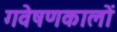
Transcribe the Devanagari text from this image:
गवेषणकालों